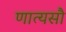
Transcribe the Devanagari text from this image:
णात्यसौ